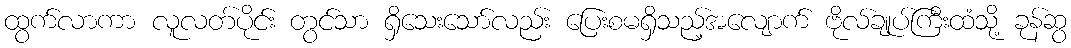
ထွက်လာကာ လူလတ်ပိုင်း တွင်သာ ရှိသေးသော်လည်း ပြေးစမရှိသည့်အလျောက် ဗိုလ်ချုပ်ကြီးထံသို့ ခုန်ဆွ